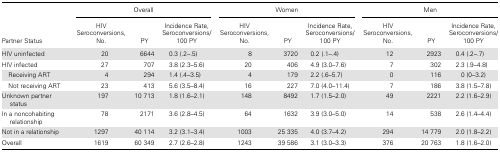
| <ROWSPAN=2> Partner Status | <COLSPAN=3> Overall | <COLSPAN=3> Women | <COLSPAN=3> Men |
 | HIV Seroconversions, No. | PY | Incidence Rate, Seroconversions/100 PY | HIV Seroconversions, No. | PY | Incidence Rate, Seroconversions/100 PY | HIV Seroconversions, No. | PY | Incidence Rate, Seroconversions/100 PY |
 | --- | --- | --- | --- | --- | --- | --- | --- | --- | --- |
 | HIV uninfected | 20 | 6644 | 0.3 (.2–.5) | 8 | 3720 | 0.2 (.1–.4) | 12 | 2923 | 0.4 (.2–.7) |
 | HIV infected | 27 | 707 | 3.8 (2.3–5.6) | 20 | 406 | 4.9 (3.0–7.6) | 7 | 302 | 2.3 (.9–4.8) |
 | Receiving ART | 4 | 294 | 1.4 (.4–3.5) | 4 | 179 | 2.2 (.6–5.7) | 0 | 116 | 0 (0–3.2) |
 | Not receiving ART | 23 | 413 | 5.6 (3.5–8.4) | 16 | 227 | 7.0 (4.0–11.4) | 7 | 186 | 3.8 (1.5–7.8) |
 | Unknown partner status | 197 | 10 713 | 1.8 (1.6–2.1) | 148 | 8492 | 1.7 (1.5–2.0) | 49 | 2221 | 2.2 (1.6–2.9) |
 | In a noncohabiting relationship | 78 | 2171 | 3.6 (2.8–4.5) | 64 | 1632 | 3.9 (3.0–5.0) | 14 | 538 | 2.6 (1.4–4.4) |
 | Not in a relationship | 1297 | 40 114 | 3.2 (3.1–3.4) | 1003 | 25 335 | 4.0 (3.7–4.2) | 294 | 14 779 | 2.0 (1.8–2.2) |
 | Overall | 1619 | 60 349 | 2.7 (2.6–2.8) | 1243 | 39 586 | 3.1 (3.0–3.3) | 376 | 20 763 | 1.8 (1.6–2.0) |